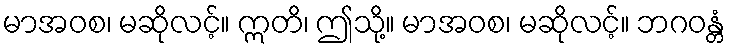
မာအဝစ၊ မဆိုလင့်။ ဣတိ၊ ဤသို့။ မာအဝစ၊ မဆိုလင့်။ ဘဂဝန္တံ